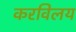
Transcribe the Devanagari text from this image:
करविलय